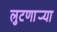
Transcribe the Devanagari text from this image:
लुटणार्‍या